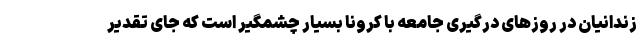
زندانیان در روزهای درگیری جامعه با کرونا بسیار چشمگیر است که جای تقدیر